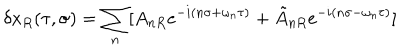
\delta x _ { R } ( \tau , \sigma ) = \sum _ { n } [ A _ { n R } e ^ { - i ( n \sigma + \omega _ { n } \tau ) } + \tilde { A } _ { n R } e ^ { - i ( n \sigma - \omega _ { n } \tau ) } ]